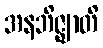
အနဘိဇ္ဈာတိ